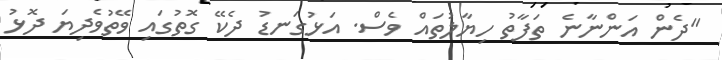
"ދެން އަންނާނެ ތަފާތު ހިޔާލުތައް ވެސް. އަޅުގަނޑު ދެކޭ ގޮތުގައި ވޭތުވެދިޔަ ދޮޅު